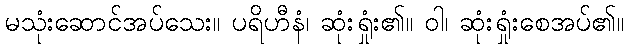
မသုံးဆောင်အပ်သေး။ ပရိဟီနံ၊ ဆုံးရှုံး၏။ ဝါ၊ ဆုံးရှုံးစေအပ်၏။